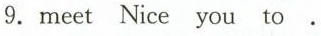
9.meet Nice you to.